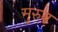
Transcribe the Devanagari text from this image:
मुरुन